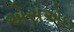
એસએઇ